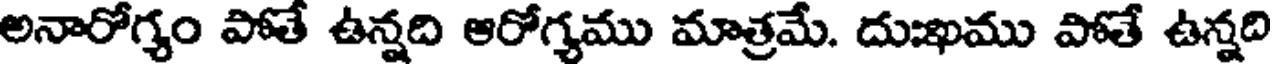
అనారోగ్యం పోతే ఉన్నది ఆరోగ్యము మాత్రమే. దుఖము పోతే ఉన్నది